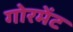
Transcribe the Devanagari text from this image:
गोरमेंट